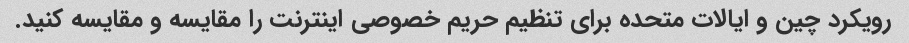
رویکرد چین و ایالات متحده برای تنظیم حریم خصوصی اینترنت را مقایسه و مقایسه کنید.